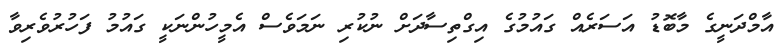
އާމްދަނީގެ މާބޮޑު އަސަރެއް ގައުމުގެ އިގްތިސާދަށް ނުކުރި ނަމަވެސް އެމީހުންނަކީ ގައުމު ފަހުރުވެރިވާ